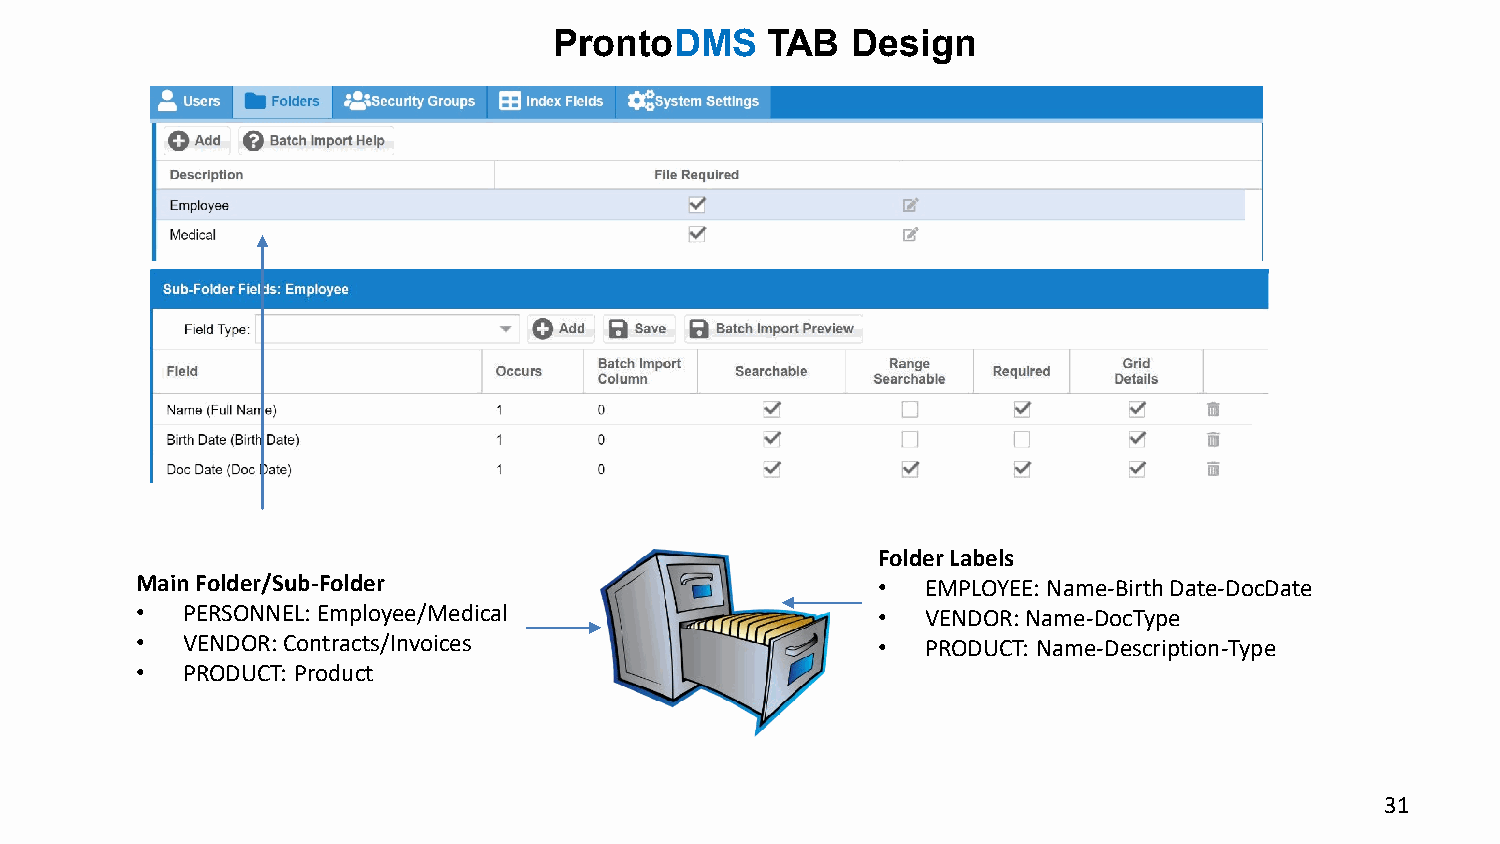
ProntoDMS     TAB  Design
 Folder Labels
 Main Folder/Sub-Folder                           •  EMPLOYEE: Name-Birth Date-DocDate
 •  PERSONNEL: Employee/Medical                   •  VENDOR: Name-DocType
 •  VENDOR: Contracts/Invoices                    •  PRODUCT: Name-Description-Type
 •  PRODUCT: Product
 31